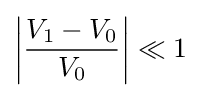
\left|{\frac {V_{1}-V_{0}}{V_{0}}}\right|\ll 1